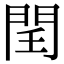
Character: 𨳝